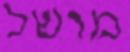
מושל